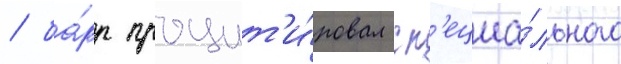
/ ба́рр процит'и́ровал сп'ециа́льного